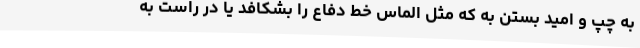
به چپ و امید بستن به که مثل الماس خط دفاع را بشکافد یا در راست به